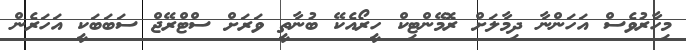
މިހާރުވެސް އަހަންނާ ދިމާލަށް ރޮމޭންޓިކް ހީރޯއެކޭ ބުނާތީ ވަރަށް ސްޓްރޭޖް ސަބަބަކީ އަހަރެން